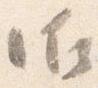
御